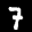
Label: 7